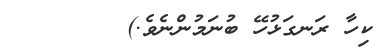
ކިހާ ރަނގަޅުހޭ ބުނަމުންނެވެ.)